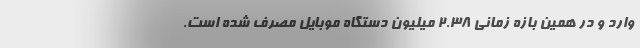
وارد و در همین بازه زمانی ۲.۳۸ میلیون دستگاه موبایل مصرف شده است.